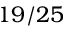
1 9 / 2 5